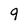
Character: 9